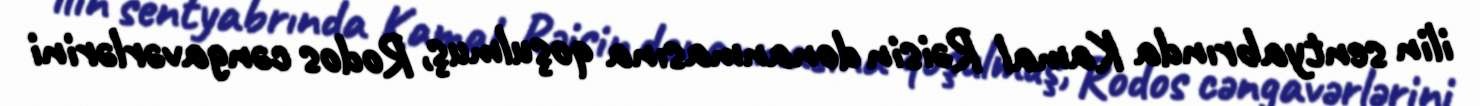
ilin sentyabrında Kamal Rəisin donanmasına qoşulmuş, Rodos cəngavərlərini